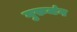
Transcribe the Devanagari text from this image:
गुरुजंग